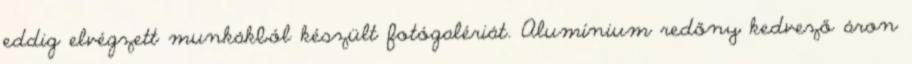
eddig elvégzett munkákból készült fotógalériát. Alumínium redőny kedvező áron